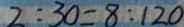
2 : 3 0 = 8 : 1 2 0